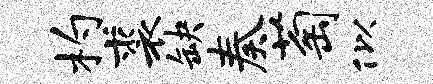
杓裘缺奏萄似